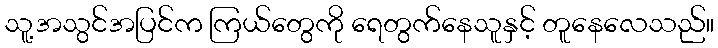
သူ့အသွင်အပြင်က ကြယ်တွေကို ရေတွက်နေသူနှင့် တူနေလေသည်။